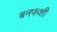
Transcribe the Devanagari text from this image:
बनफशी